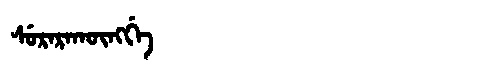
Manchu: ᠰᡠᡵᠠᡵᠠᡴᡡᠩᡤᡝ
Romanization: SURARAKŪNGGE